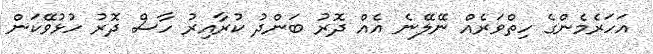
އަހަރެމެންގެ ހިތްވަރެއް ނޭލޭނެ އެއް ދޮރު ބަންދު ކުރާއިރު ހާސް ދޮރު ހުޅުވޭކަން